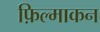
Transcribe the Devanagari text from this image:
फ़िल्माकन